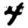
Digit: 4